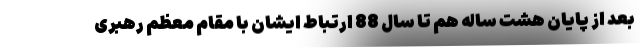
بعد از پایان هشت ساله هم تا سال 88 ارتباط ایشان با مقام معظم رهبری